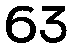
63